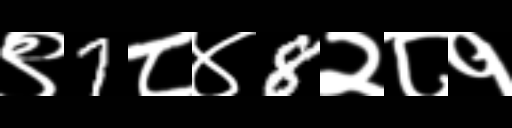
Text: ९7८४8२८१